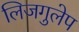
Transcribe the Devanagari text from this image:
लिजगुलेप